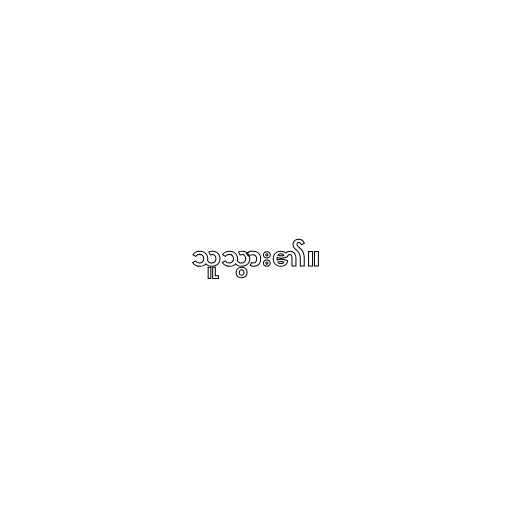
သူသွား၏။